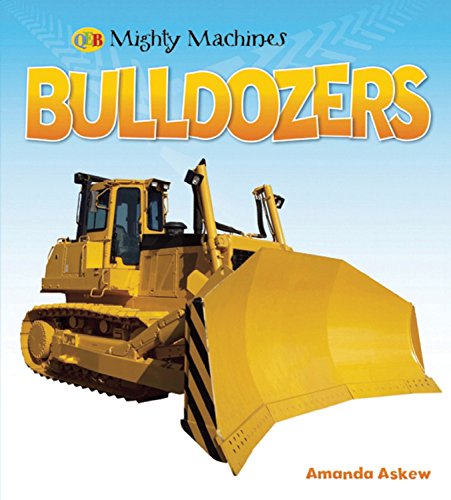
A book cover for Bulldozers (Mighty Machines QEB); Amanda Askew; Children's Books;